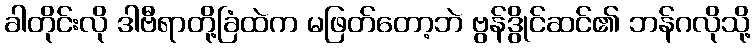
ခါတိုင်းလို ဒါဗီရာတို့ခြံထဲက မဖြတ်တော့ဘဲ ဗွန်ဒွိုင်ဆင်၏ ဘန်ဂလိုသို့